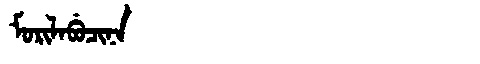
Manchu: ᠮᠣᡵᡳᠯᠠᠪᡠᠴᡳᠨᠠ
Romanization: MORILABUCINA